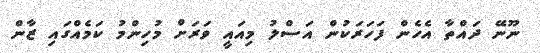
ނޫނޭ ދައްތާ އެހެން ފަހަރަކުން އަސްލު މިއައީ ވަރަށް މުހިންމު ކަމެއްގައި ޒާން